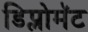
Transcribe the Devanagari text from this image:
डिप्लोमॅट